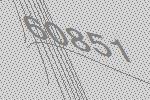
60851